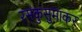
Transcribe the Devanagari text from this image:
रसकुसुमाकर